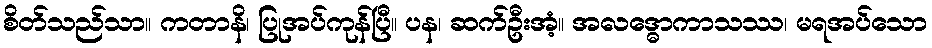
စိတ်သည်သာ။ ကတာနိ၊ ပြုအပ်ကုန်ပြီ။ ပန၊ ဆက်ဦးအံ့။ အလဒ္ဓောကာသဿ၊ မရအပ်သော